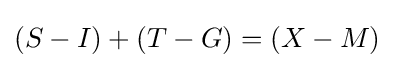
(S-I)+(T-G)=(X-M)